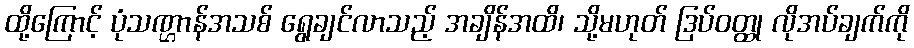
ထို့ကြောင့် ပုံသဏ္ဌာန်အသစ် ရွေချင်လာသည့် အချိန်အထိ၊ သို့မဟုတ် ဒြပ်ဝတ္ထု လိုအပ်ချက်ကို